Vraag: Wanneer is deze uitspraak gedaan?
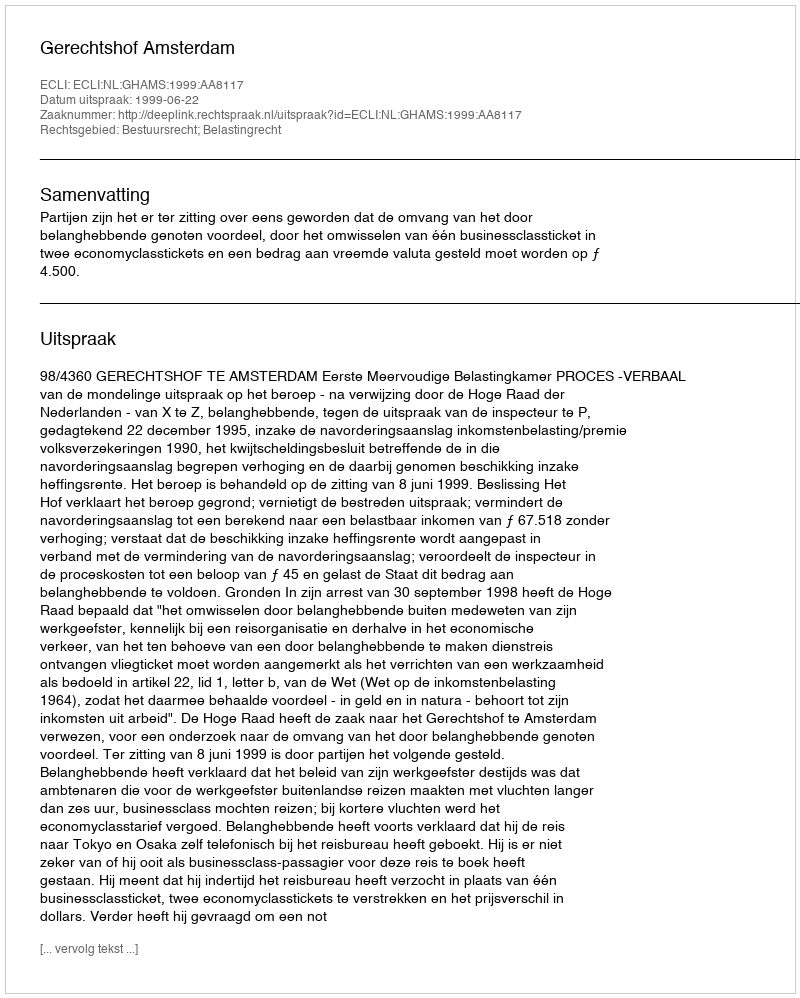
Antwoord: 1999-06-22